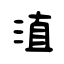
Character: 淔